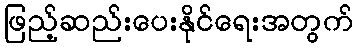
ဖြည့်ဆည်းပေးနိုင်ရေးအတွက်